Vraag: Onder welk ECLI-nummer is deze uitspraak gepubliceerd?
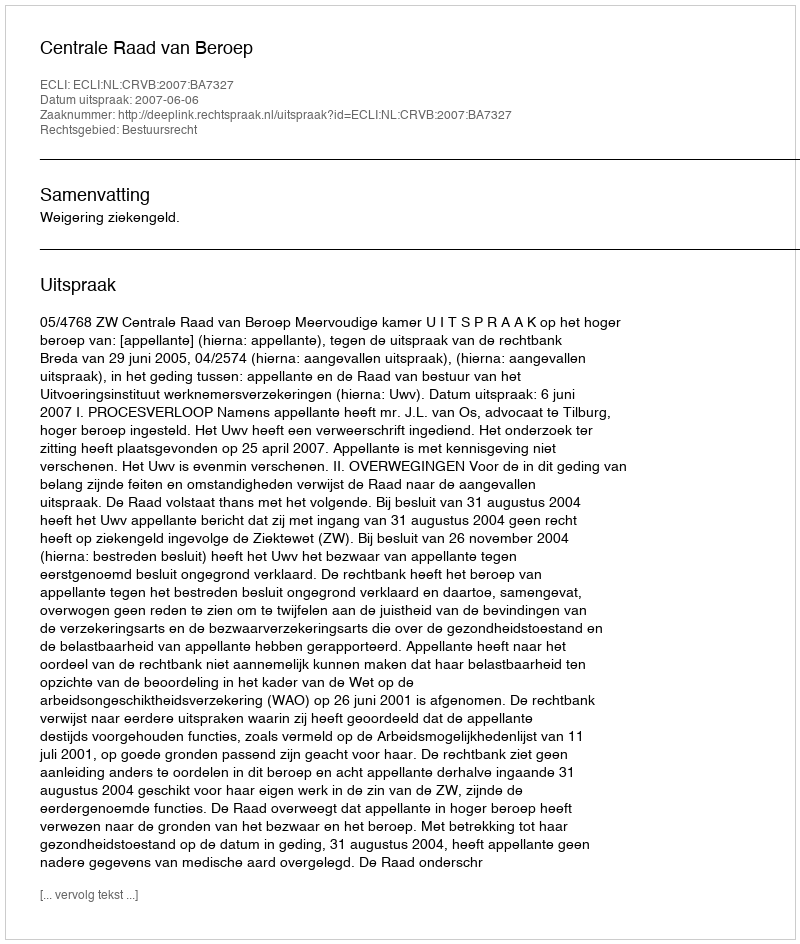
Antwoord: ECLI:NL:CRVB:2007:BA7327